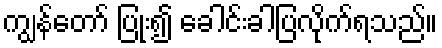
ကျွန်တော် ပြုံး၍ ခေါင်းခါပြလိုက်ရသည်။